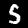
Label: 5